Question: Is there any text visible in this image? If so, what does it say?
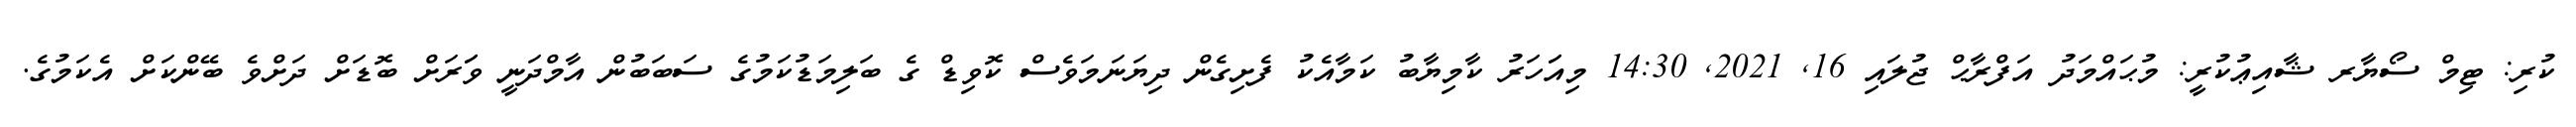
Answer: ކުރި: ޓިމް ސޯޔާރ ޝާއިޢުކުރީ: މުޙައްމަދު އަފްރާޙް ޖުލައި 16, 2021, 14:30 މިއަަހަރު ކާމިޔާބު ކަމާއެކު ފެށިގެން ދިޔަނަމަވެސް ކޮވިޑް ގެ ބަލިމަޑުކަމުގެ ސަބަބުން އާމްދަނީ ވަަރަށް ބޮޑަށް ދަށްވެ ބޭންކަށް އެކަމުގެ.